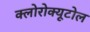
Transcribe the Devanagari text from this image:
क्लोरोक्यूटोल